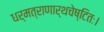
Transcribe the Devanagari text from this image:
धर्मत्राणार्थचेष्टितः।